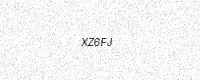
Text: XZ6FJ